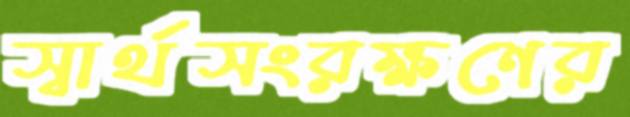
স্বার্থসংরক্ষণের